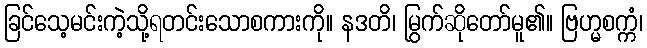
ခြင်သေ့မင်းကဲ့သို့ရတင်းသောစကားကို။ နဒတိ၊ မြွက်ဆိုတော်မူ၏။ ဗြဟ္မစက္ကံ၊